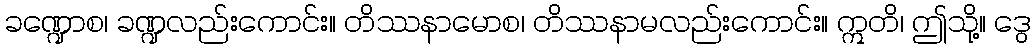
ခဏ္ဍောစ၊ ခဏ္ဍလည်းကောင်း။ တိဿနာမောစ၊ တိဿနာမလည်းကောင်း။ ဣတိ၊ ဤသို့။ ဒွေ